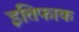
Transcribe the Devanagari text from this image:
इत्तिफाक